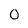
Character: 0